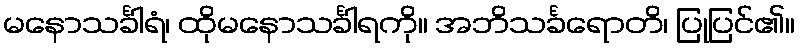
မနောသင်္ခါရံ၊ ထိုမနောသင်္ခါရကို။ အဘိသင်္ခရောတိ၊ ပြုပြင်၏။